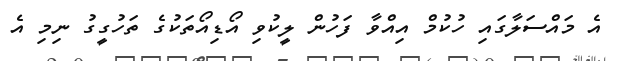
އެ މައްސަލާގައި ހުކުމް އިއްވާ ފަހުން ލީކުވި އޯޑިއޯތަކުގެ ތަހުގީގު ނިމި އެ